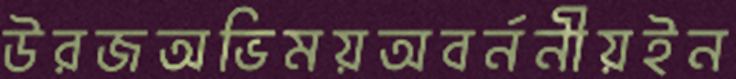
উরজঅভিময়অবর্ননীয়ইন